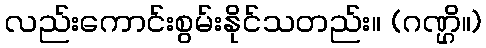
လည်းကောင်းစွမ်းနိုင်သတည်း။ (ဂဏ္ဌိ။)